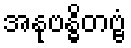
အနုဗန္ဓိတဗ္ဗံ